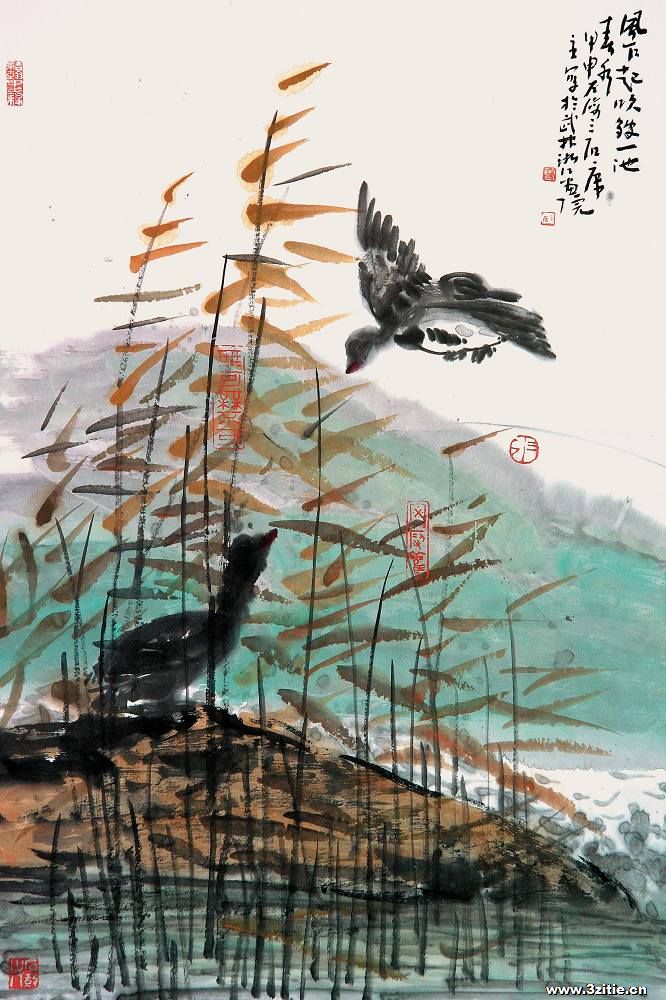
风乍起，吹皱一池春水。